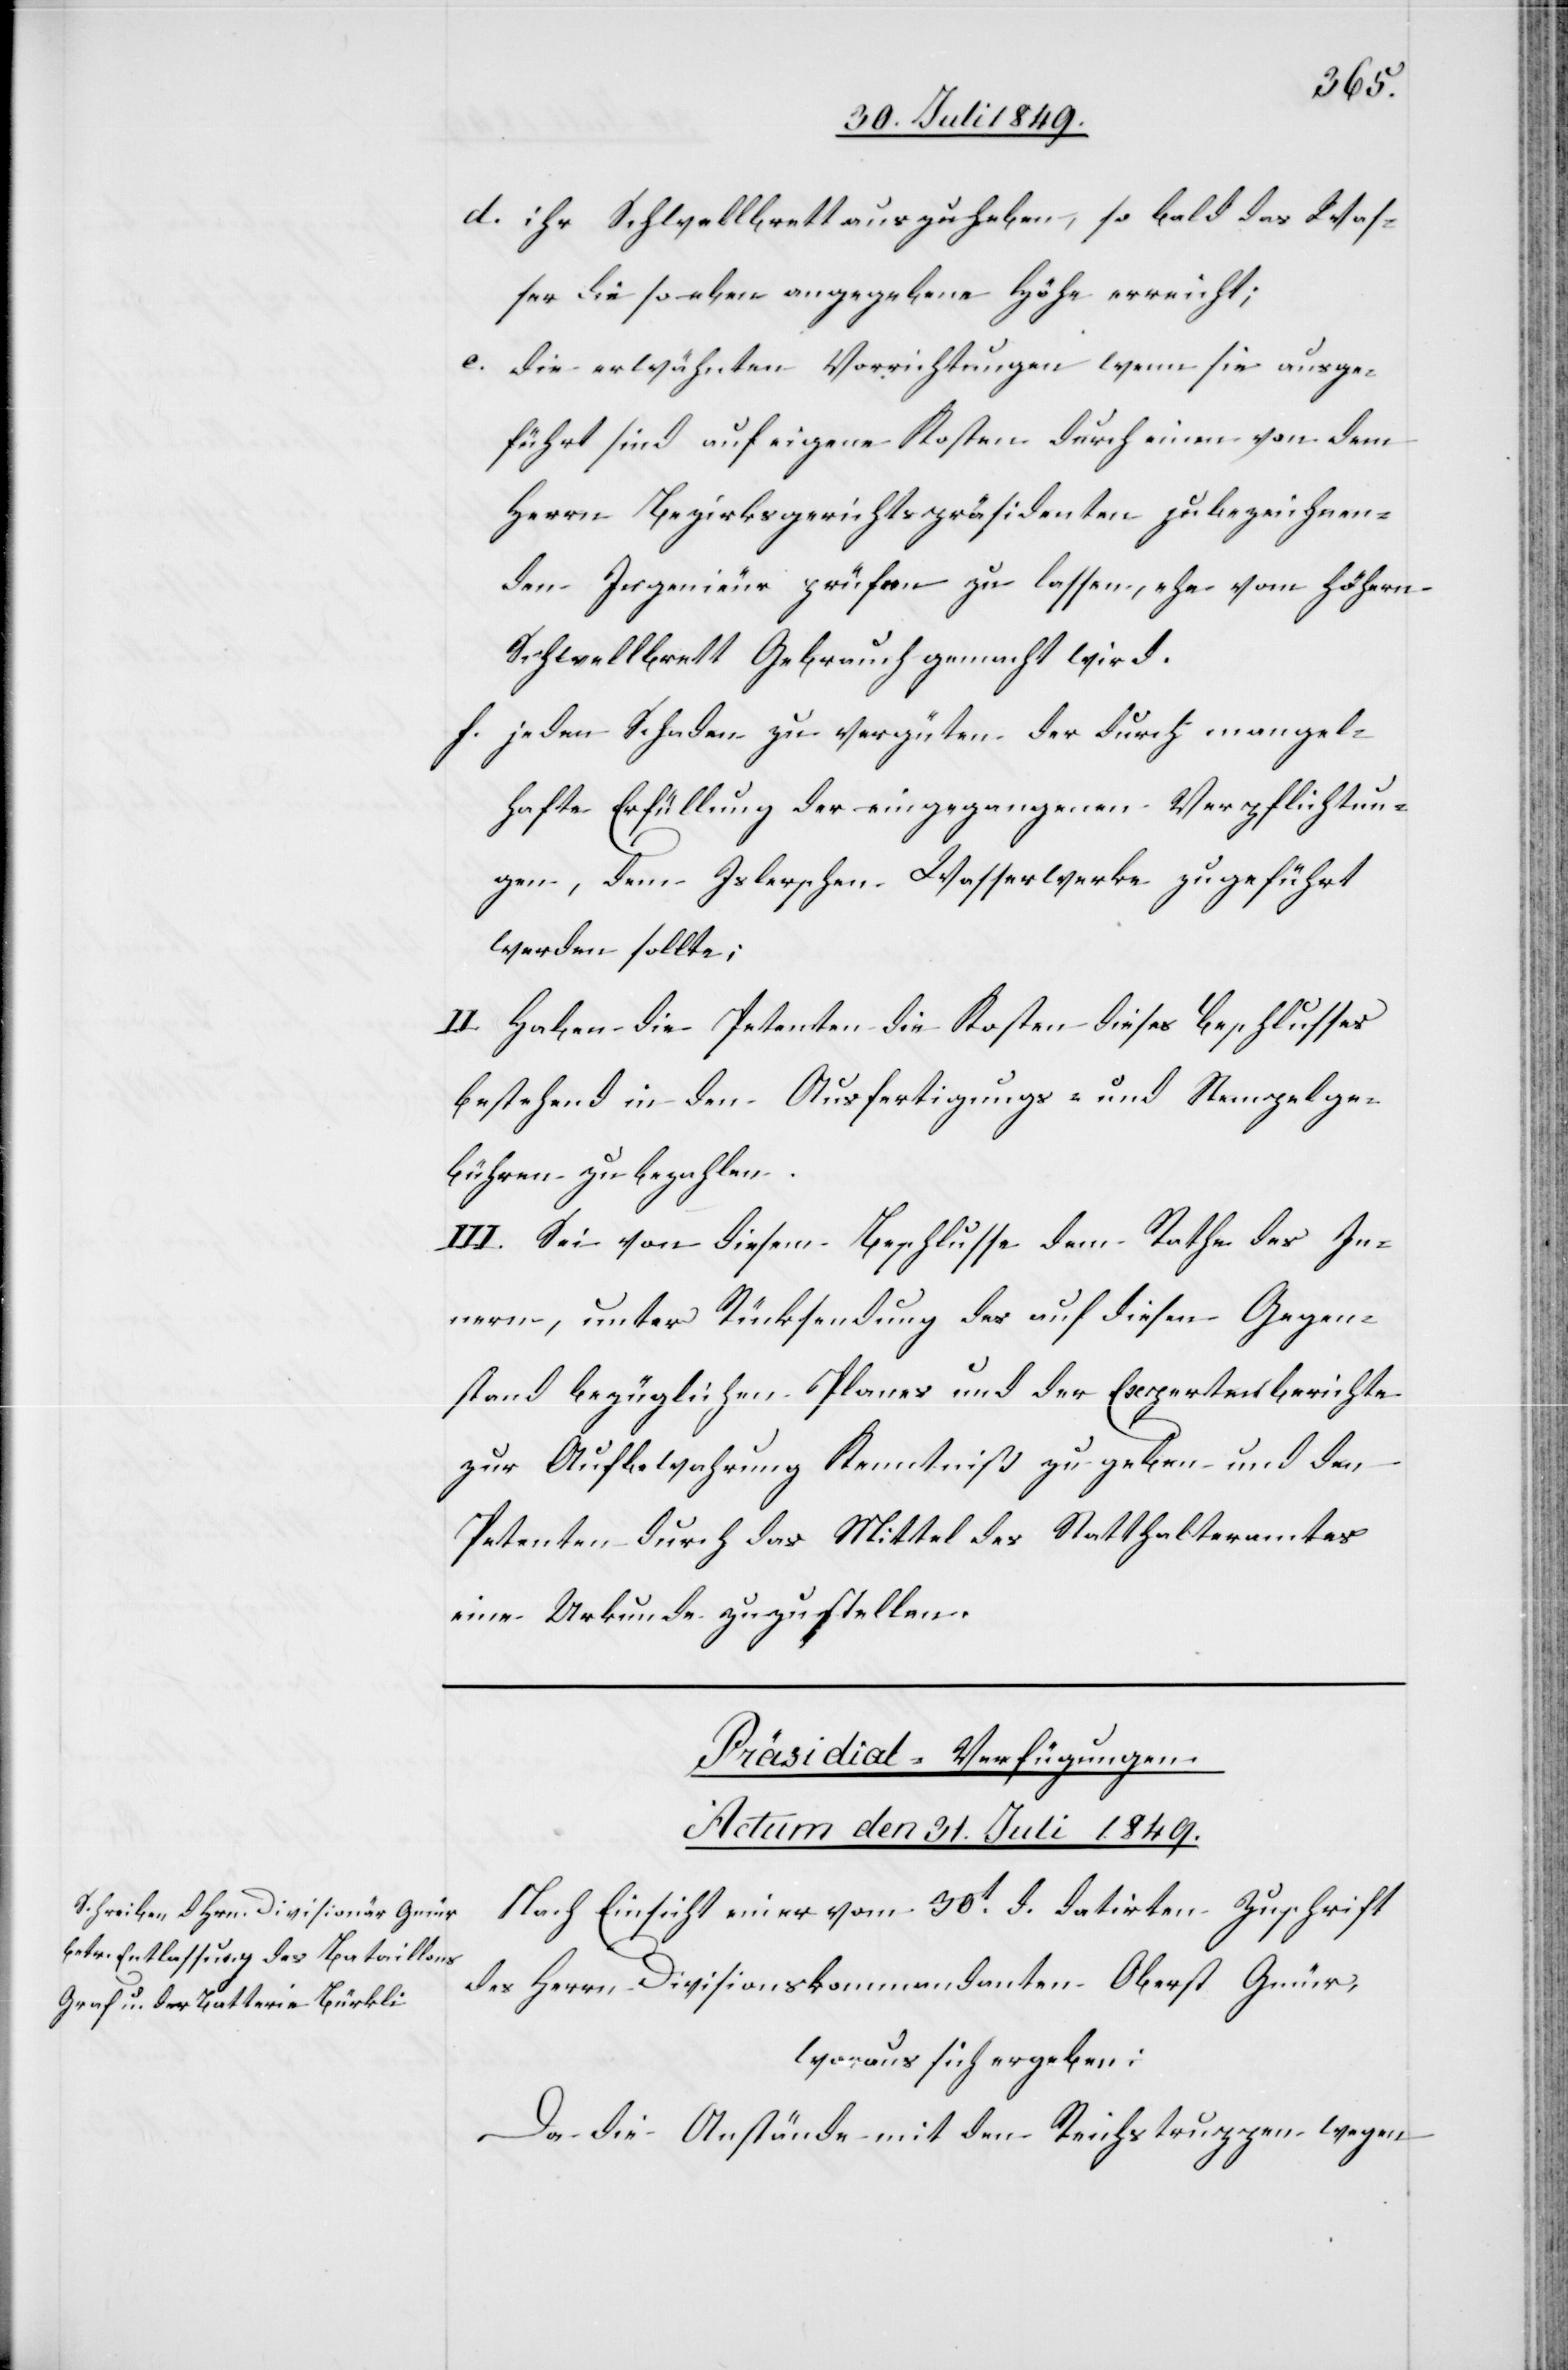
d. ihr Schwellbrett auszuheben, so bald das Was¬
ser die so eben angegebene Höhe erreicht;
e. die erwähnten Vorrichtungen wenn sie ausge¬
führt sind auf eigene Kosten durch einen von dem
Herrn Bezirksgerichtspräsidenten zu bezeichnen¬
den Ingenieur prüfen zu lassen, ehe vom höhern
Schwellbrett Gebrauch gemacht wird.
f. jeden Schaden zu vergüten der durch mangel¬
hafte Erfüllung der eingegangenen Verpflichtun¬
gen, dem Islerschen Wasserwerke zugeführt
werden sollte;
II. Haben die Petenten die Kosten dieses Beschlusses
bestehend in den Ausfertigungs- und Stempelge¬
bühren zu bezahlen.
III. Sei von diesem Beschlusse dem Rathe des In¬
nern, unter Rücksendung des auf diesen Gegen¬
stand bezüglichen Planes und der Expertenberichte
zur Aufbewahrung Kenntniß zu geben und den
Petenten durch das Mittel des Statthalteramtes
eine Urkunde zuzustellen.
Präsidial-Verfügungen.
Actum den 31. Juli 1849.
Nach Einsicht einer vom 30t d. datirten Zuschrift
des Herrn Divisionskommandanten Oberst Gmür,
woraus sich ergeben:
Da die Anstände mit den Reichstruppen wegen